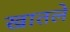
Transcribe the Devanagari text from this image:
खातले